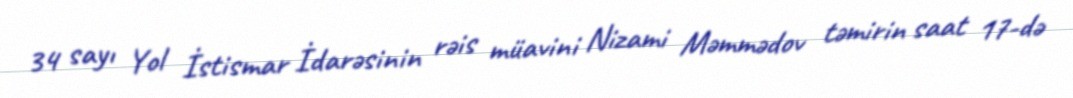
34 sayı Yol İstismar İdarəsinin rəis müavini Nizami Məmmədov təmirin saat 17-də